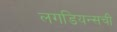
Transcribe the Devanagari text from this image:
लगडियन्सची